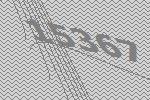
15367